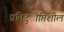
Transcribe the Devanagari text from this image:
प्रतिद्ीप्तिशील